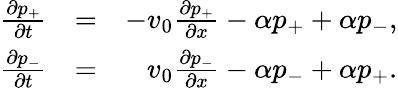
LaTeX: \begin{array}{rlr}{\frac{\partial p_{+}}{\partial t}}&{=}&{-v_{0}\frac{\partial p_{+}}{\partial x}-\alpha p_{+}+\alpha p_{-},}\\ {\frac{\partial p_{-}}{\partial t}}&{=}&{v_{0}\frac{\partial p_{-}}{\partial x}-\alpha p_{-}+\alpha p_{+}.}\end{array}